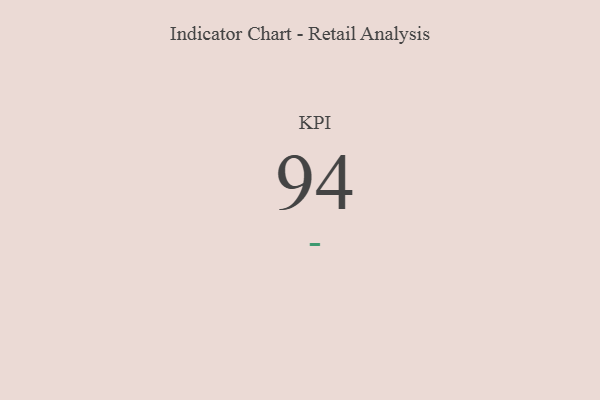
{"axis": {"x": "KPI", "y": "Value"}, "legend": [""], "data": [{"x": "KPI", "y": 94, "type": ""}]}